画像に写った文字を読んでください
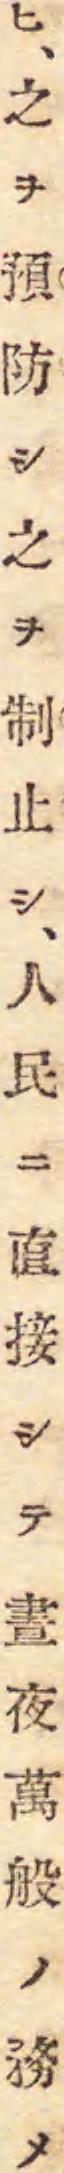
「ヒ、之ヲ預防シ之ヲ制止シ、人民ニ直接シテ晝夜萬般ノ務メ」と書いてあります